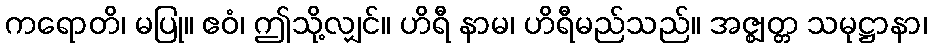
ကရောတိ၊ မပြု။ ဧဝံ၊ ဤသို့လျှင်။ ဟိရီ နာမ၊ ဟိရီမည်သည်။ အဇ္ဈတ္တ သမုဋ္ဌာနာ၊